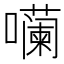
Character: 𪢠